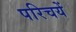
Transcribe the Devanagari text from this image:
परिचयें